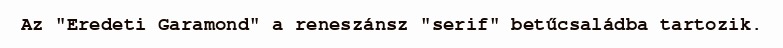
Az "Eredeti Garamond" a reneszánsz "serif" betűcsaládba tartozik.